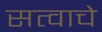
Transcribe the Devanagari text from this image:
सत्वाचे